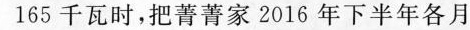
165千瓦时，把菁菁家2016年下半年各月